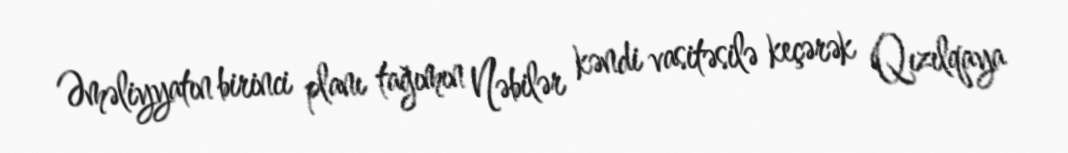
Əməliyyatın birinci planı tağımın Nəbilər kəndi vasitəsilə keçərək Qızılqaya